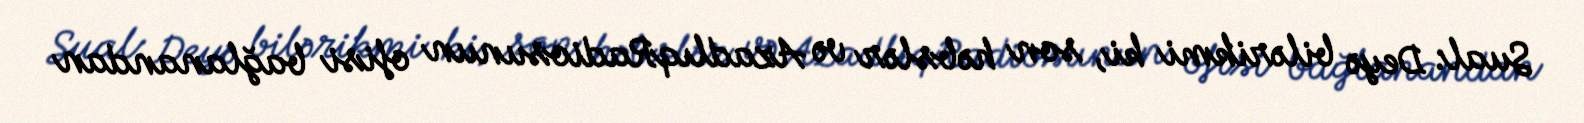
Sual: Deyə bilərikmi ki, son həbslər və AzadlıqRadiosunun ofisi bağlanandan